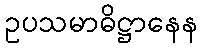
ဥပသမာဓိဋ္ဌာနေန